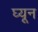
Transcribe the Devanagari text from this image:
घ्यून